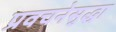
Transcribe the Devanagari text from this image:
प्रवचनेसुद्धा